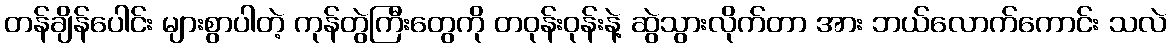
တန်ချိန်ပေါင်း များစွာပါတဲ့ ကုန်တွဲကြီးတွေကို တဝုန်းဝုန်းနဲ့ ဆွဲသွားလိုက်တာ အား ဘယ်လောက်ကောင်း သလဲ